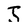
Character: J